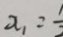
x _ { 1 } = \frac { 1 } { 2 }